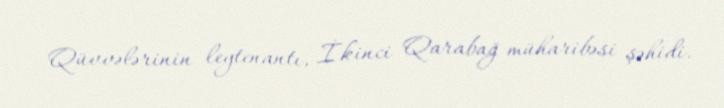
Qüvvələrinin leytenantı, İkinci Qarabağ müharibəsi şəhidi.